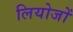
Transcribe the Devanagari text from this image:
लियोजों